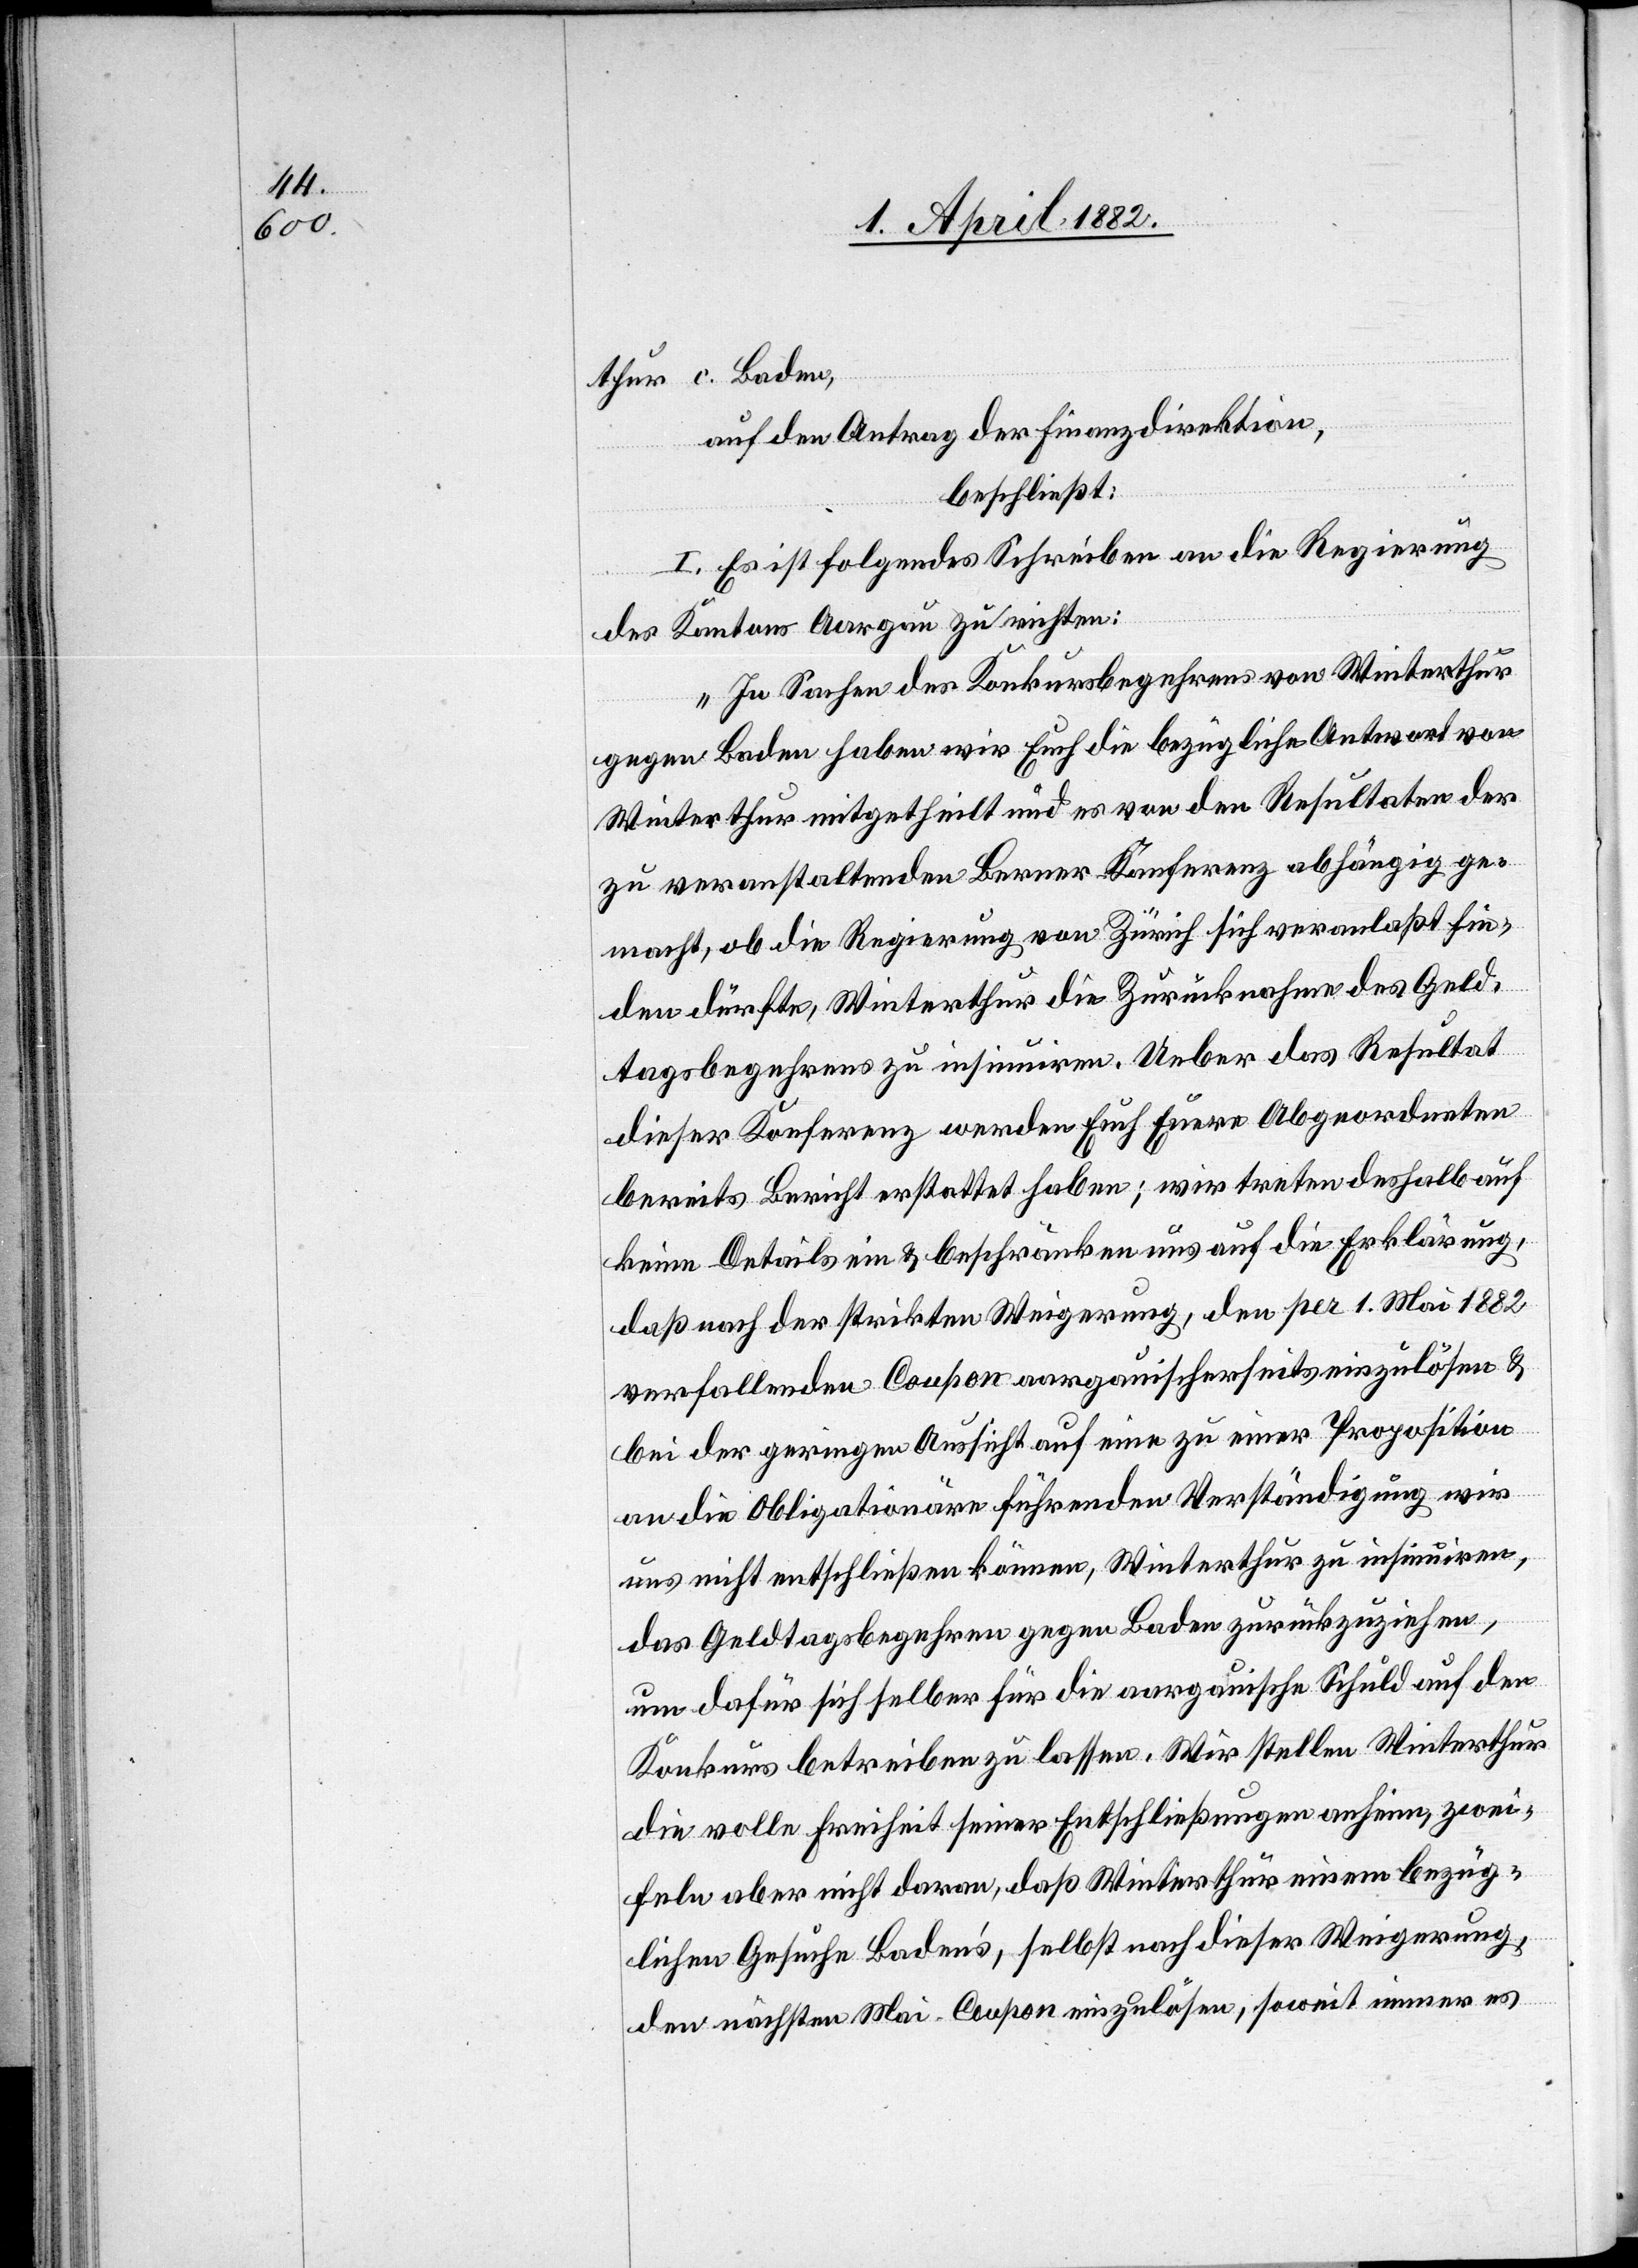
thur c. Baden,
auf den Antrag der Finanzdirektion,
beschließt:
I. Es ist folgendes Schreiben an die Regierung
des Kantons Aargau zu richten:
„In Sachen des Konkursbegehrens von Winterthur
gegen Baden haben wir Euch die bezügliche Antwort von
Winterthur mitgetheilt und es von den Resultaten der
zu veranstaltenden Berner Konferenz abhängig ge¬
macht, ob die Regierung von Zürich sich veranlaßt fin¬
den dürfte, Winterthur die Zurücknahme des Geld¬
tagsbegehrens zu insinuiren. Ueber das Resultat
dieser Konferenz werden Euch Euere Abgeordneten
bereits Bericht erstattet haben; wir treten deshalb auf
keine Details ein & beschränken uns auf die Erklärung,
daß nach der strikten Weigerung, den per 1. Mai 1882
verfallenden Coupon aargauischerseits einzulösen &
bei der geringen Aussicht auf eine zu einer Proposition
an die Obligationäre führenden Verständigung wir
uns nicht entschließen können, Winterthur zu insinuiren,
das Geldtagsbegehren gegen Baden zurückzuziehen,
um dafür sich selber für die aargauische Schuld auf den
Konkurs betreiben zu lassen. Wir stellen Winterthur
die volle Freiheit seiner Entschließungen anheim, zwei¬
feln aber nicht daran, daß Winterthur einem bezüg¬
lichen Gesuche Baden’s, selbst nach dieser Weigerung,
den nächsten Mai-Coupon einzulösen, soweit immer es